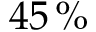
4 5 \, \%